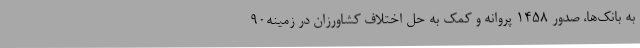
به بانک‌ها، صدور 1458 پروانه و کمک به حل اختلاف کشاورزان در زمینه90